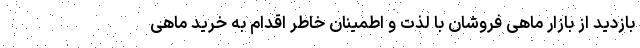
بازدید از بازار ماهی فروشان با لذت و اطمینان خاطر اقدام به خرید ماهی